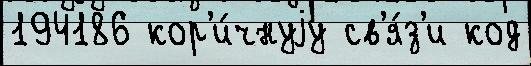
194186 кор'и́чнуjу св'я́з'и код